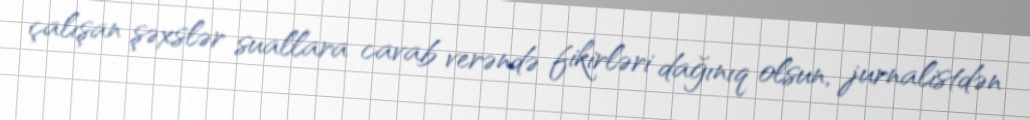
çalışan şəxslər suallara cavab verəndə fikirləri dağınıq olsun, jurnalistdən